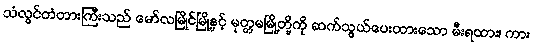
သံလွင်တံတားကြီးသည် မော်လမြိုင်မြို့နှင့် မုတ္တမမြို့တို့ကို ဆက်သွယ်ပေးထားသော မီးရထား၊ ကား